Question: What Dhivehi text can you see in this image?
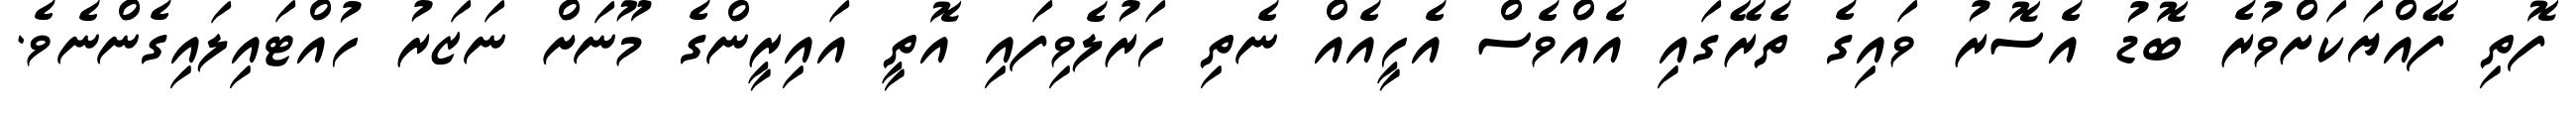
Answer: ފޮތި ފޭއްޔަކަށްވުރެ ބޮޑު އެސޮރު ވައިގެ ތެރޭގައި އެއްވެސް އެހީއެއް ނެތި ހަރުލެވިފައި އޮތީ އައިރީންގެ މޫނަށް ނަޒަރު ހުއްޓައިލައިގެންނެވެ.